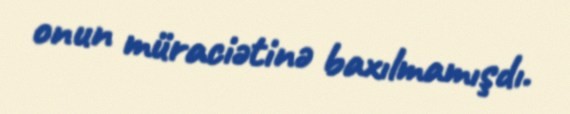
onun müraciətinə baxılmamışdı.